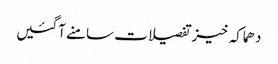
دھماکہ خیز تفصیلات سامنے آگئیں